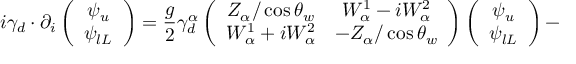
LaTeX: i \gamma _ { d } \cdot \partial _ { i } \left( \begin{array} { c } { { \psi _ { u } } } \\ { { \psi _ { l L } } } \end{array} \right) = \frac { g } { 2 } \gamma _ { d } ^ { \alpha } \left( \begin{array} { c c } { { Z _ { \alpha } / \cos \theta _ { w } } } & { { W _ { \alpha } ^ { 1 } - i W _ { \alpha } ^ { 2 } } } \\ { { W _ { \alpha } ^ { 1 } + i W _ { \alpha } ^ { 2 } } } & { { - Z _ { \alpha } / \cos \theta _ { w } } } \end{array} \right) \left( \begin{array} { c } { { \psi _ { u } } } \\ { { \psi _ { l L } } } \end{array} \right) -